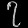
Digit: ၇